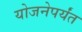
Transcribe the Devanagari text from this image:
योजनेपर्यंत